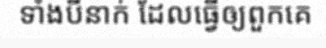
ទាំងបីនាក់ ដែលធ្វើឲ្យពួកគេ